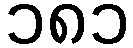
၁၈၁